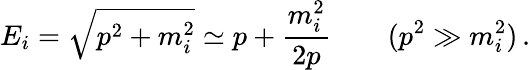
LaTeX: E_{i}=\sqrt{p^{2}+m_{i}^{2}}\simeq p+\frac{m_{i}^{2}}{2p}\qquad(p^{2}\gg m_{i}^{2})\, .